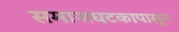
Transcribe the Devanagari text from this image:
समाजघटकापासून